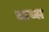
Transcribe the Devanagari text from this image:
वाय्स